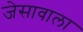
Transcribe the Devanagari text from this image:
जेसावाला